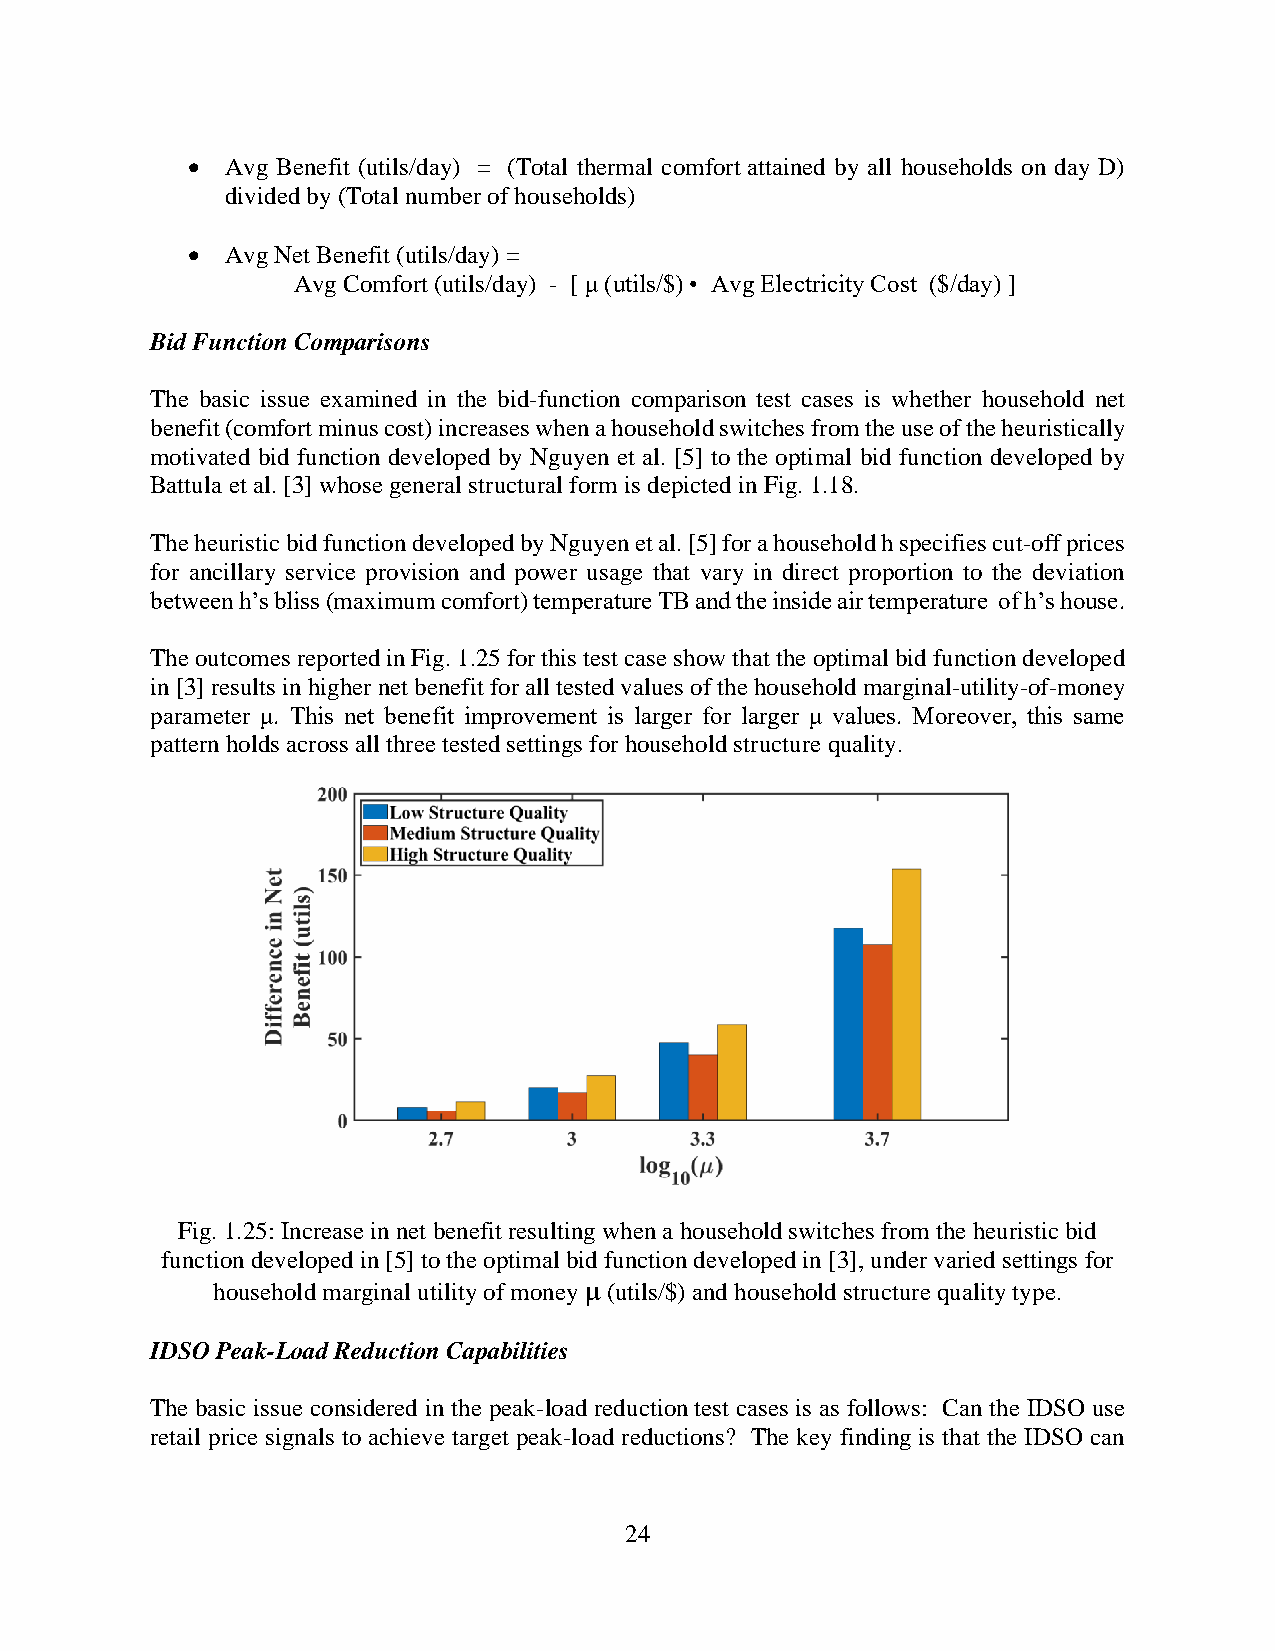
•  Avg Benefit (utils/day) = (Total thermal comfort attained by all households on day D)
 divided by (Total number of households)
 •  Avg Net Benefit (utils/day) =
 Avg Comfort (utils/day) - [ μ (utils/$) • Avg Electricity Cost ($/day) ]
 Bid Function Comparisons
 The basic issue examined in the bid-function comparison test cases is whether household net
 benefit (comfort minus cost) increases when a household switches from the use of the heuristically
 motivated bid function developed by Nguyen et al. [5] to the optimal bid function developed by
 Battula et al. [3] whose general structural form is depicted in Fig. 1.18.
 The heuristic bid function developed by Nguyen et al. [5] for a household h specifies cut-off prices
 for ancillary service provision and power usage that vary in direct proportion to the deviation
 between h’s bliss (maximum comfort) temperature TB and the inside air temperature of h’s house.
 The outcomes reported in Fig. 1.25 for this test case show that the optimal bid function developed
 in [3] results in higher net benefit for all tested values of the household marginal-utility-of-money
 parameter μ. This net benefit improvement is larger for larger μ values. Moreover, this same
 pattern holds across all three tested settings for household structure quality.
 Fig. 1.25: Increase in net benefit resulting when a household switches from the heuristic bid
 function developed in [5] to the optimal bid function developed in [3], under varied settings for
 household marginal utility of money μ (utils/$) and household structure quality type.
 IDSO Peak-Load Reduction Capabilities
 The basic issue considered in the peak-load reduction test cases is as follows: Can the IDSO use
 retail price signals to achieve target peak-load reductions? The key finding is that the IDSO can
 24